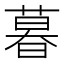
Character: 暮